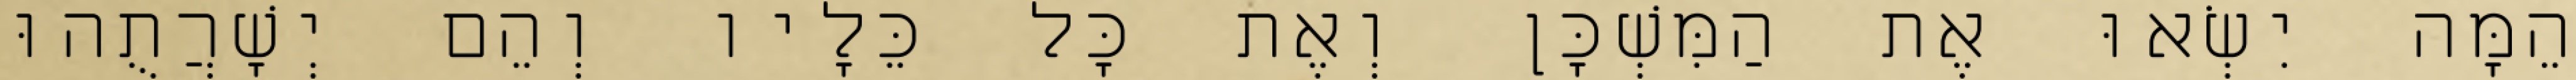
הֵמָּה יִשְׂאוּ אֶת הַמִּשְׁכָּן וְאֶת כָּל כֵּלָיו וְהֵם יְשָׁרֲתֻהוּ